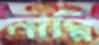
নাপ্পি